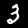
Label: 3